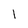
Character: I